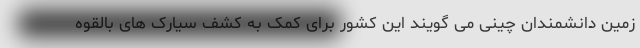
زمین دانشمندان چینی می گویند این کشور برای کمک به کشف سیارک های بالقوه